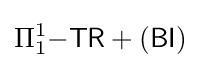
\Pi _{1}^{1}{\mathsf {-TR}}+({\mathsf {BI}})